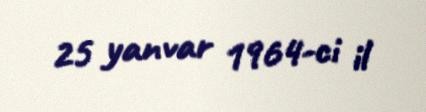
25 yanvar 1964-ci il